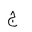
Letter: _gim